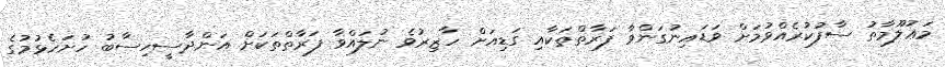
މަޢުުލޫމާތު ސާފުކުރެއްވުމަށް ވަޑައިނުގަންވާ ފަރާތްތަކާއި ގަޑިއަށް ހާޒިރުވެ ނުލައްވާ ފަރާތްތަކަށް އަންދާސީހިސާބު ހުށަހެޅުމުގެ